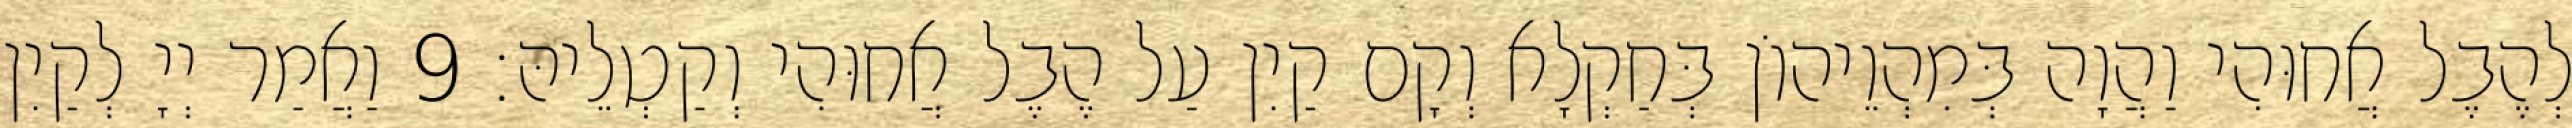
לְהֶבֶל אֲחוּהִי וַהֲוָה בְּמִהְוֵיהוֹן בְּחַקְלָא וְקָם קַיִן עַל הֶבֶל אֲחוּהִי וְקַטְלֵיהּ׃ 9 וַאֲמַר יְיָ לְקַיִן